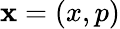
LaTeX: \mathbf{x}=(x,p)